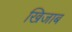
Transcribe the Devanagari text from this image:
खिजाब